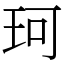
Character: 珂